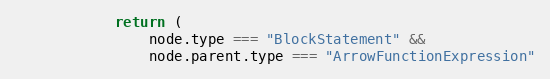
Language: JavaScript
            return (
                node.type === "BlockStatement" &&
                node.parent.type === "ArrowFunctionExpression"